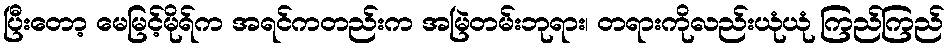
ပြီးတော့ မေမြင့်မိုရ်က အရင်ကတည်းက အမြဲတမ်းဘုရား၊ တရားကိုလည်းယုံယုံ ကြည်ကြည်